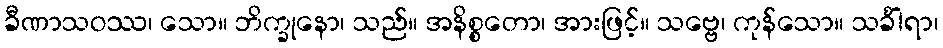
ခီဏာသဝဿ၊ သော။ ဘိက္ခုနော၊ သည်။ အနိစ္စတော၊ အားဖြင့်။ သဗ္ဗေ၊ ကုန်သော။ သင်္ခါရာ၊